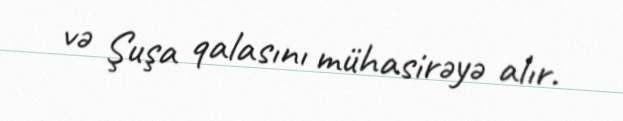
və Şuşa qalasını mühasirəyə alır.